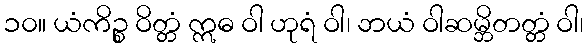
၁၀။ ယံကိဉ္စ ဝိတ္တံ ဣဓ ဝါ ဟုရံ ဝါ၊ ဘယံ ဝါဆမ္ဘိတတ္တံ ဝါ၊